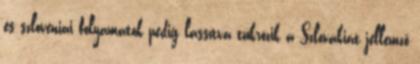
és szlovéniai folyamatok pedig lassítva tükrözik a Szlovákiát jellemző